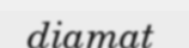
diamat